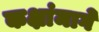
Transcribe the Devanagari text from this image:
कक्षांमागे